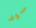
سوف